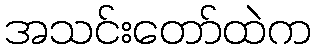
အသင်းတော်ထဲက